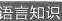
语言知识